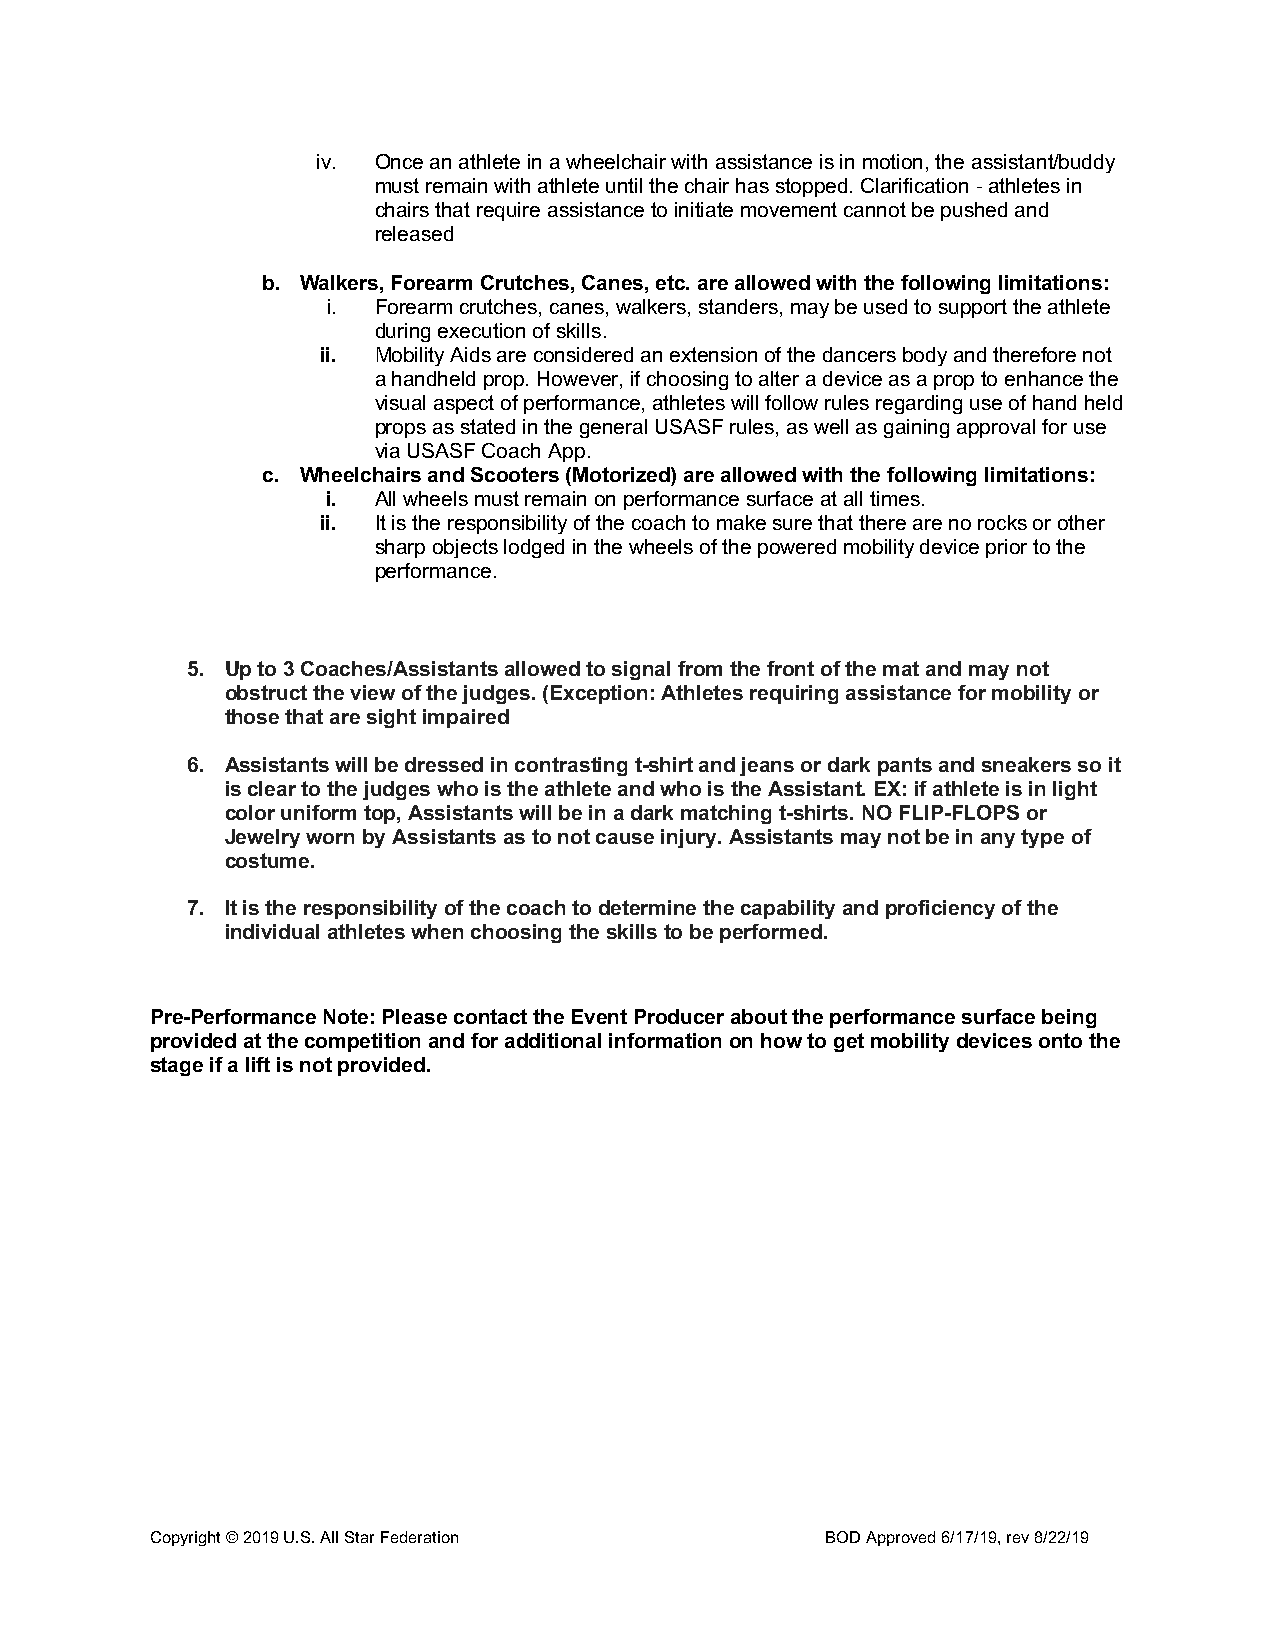
iv. Once an athlete in a wheelchair with assistance is in motion, the assistant/buddy
 must remain with athlete until the chair has stopped. Clarification - athletes in
 chairs that require assistance to initiate movement cannot be pushed and
 released
 b. Walkers, Forearm Crutches, Canes, etc. are allowed with the following limitations:
 i. Forearm crutches, canes, walkers, standers, may be used to support the athlete
 during execution of skills.
 ii. Mobility Aids are considered an extension of the dancers body and therefore not
 a handheld prop. However, if choosing to alter a device as a prop to enhance the
 visual aspect of performance, athletes will follow rules regarding use of hand held
 props as stated in the general USASF rules, as well as gaining approval for use
 via USASF Coach App.
 c. Wheelchairs and Scooters (Motorized) are allowed with the following limitations:
 i. All wheels must remain on performance surface at all times.
 ii. It is the responsibility of the coach to make sure that there are no rocks or other
 sharp objects lodged in the wheels of the powered mobility device prior to the
 performance.
 5. Up to 3 Coaches/Assistants allowed to signal from the front of the mat and may not
 obstruct the view of the judges. (Exception: Athletes requiring assistance for mobility or
 those that are sight impaired
 6. Assistants will be dressed in contrasting t-shirt and jeans or dark pants and sneakers so it
 is clear to the judges who is the athlete and who is the Assistant. EX: if athlete is in light
 color uniform top, Assistants will be in a dark matching t-shirts. NO FLIP-FLOPS or
 Jewelry worn by Assistants as to not cause injury. Assistants may not be in any type of
 costume.
 7. It is the responsibility of the coach to determine the capability and proficiency of the
 individual athletes when choosing the skills to be performed.
 Pre-Performance Note: Please contact the Event Producer about the performance surface being
 provided at the competition and for additional information on how to get mobility devices onto the
 stage if a lift is not provided.
 Copyright © 2019 U.S. All Star Federation    BOD Approved 6/17/19, rev 8/22/19